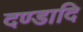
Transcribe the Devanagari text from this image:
दण्डादि